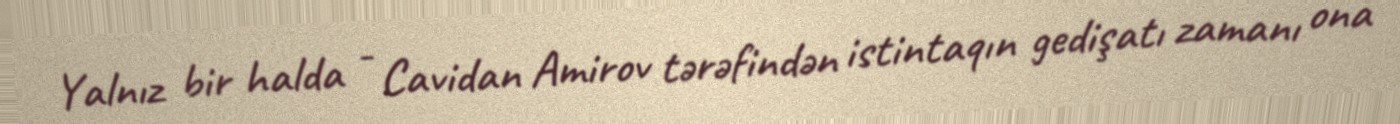
Yalnız bir halda - Cavidan Amirov tərəfindən istintaqın gedişatı zamanı ona